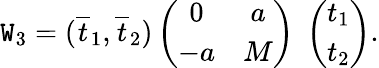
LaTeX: \mathtt{W}_{3}=(\overline{{{{t}}}}_{1},\overline{{{{t}}}}_{2})\left(\begin{array}{cc}{{0}}&{{a}}\\ {{-a}}&{{M}}\end{array}\right)\; \left(\begin{array}{c}{{t_{1}}}\\ {{t_{2}}}\end{array}\right).